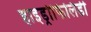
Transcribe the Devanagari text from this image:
हाइड्रोफिलिडी